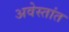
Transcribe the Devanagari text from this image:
अवेस्तांत